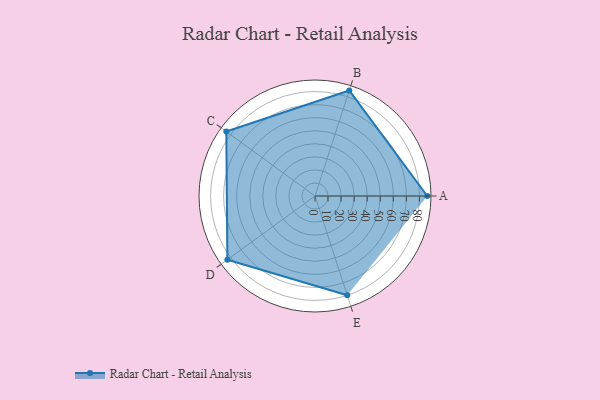
{"axis": {"x": "Skill", "y": "Score"}, "legend": ["Profile"], "data": [{"x": "A", "y": 86.0, "type": "Profile"}, {"x": "B", "y": 85.0, "type": "Profile"}, {"x": "C", "y": 84.0, "type": "Profile"}, {"x": "D", "y": 83.0, "type": "Profile"}, {"x": "E", "y": 80.0, "type": "Profile"}]}